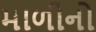
માળીનો